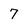
Character: 7